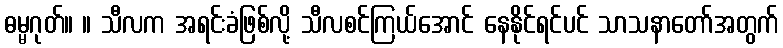
ဓမ္မဂုတ်။ ။ သီလက အရင်းခံဖြစ်လို့ သီလစင်ကြယ်အောင် နေနိုင်ရင်ပင် သာသနာတော်အတွက်